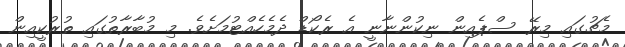
މެޗުގައި މިރޭ ސްޕެއިން ނިކުންނާނީ އެ ރެކޯޑް ދެމެހެއްޓުމަށެވެ. މި މުބާރާތުގައި ތުރުކީއިން